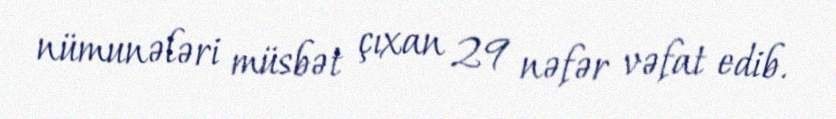
nümunələri müsbət çıxan 29 nəfər vəfat edib.